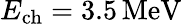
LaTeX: E_{\mathrm{ch}}=3.5\, \mathrm{MeV}